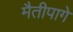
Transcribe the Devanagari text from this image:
मैतीपागे